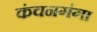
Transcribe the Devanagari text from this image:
कंचनगंगा